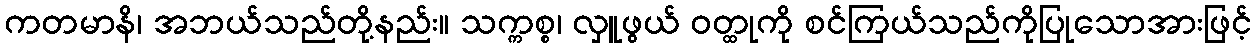
ကတမာနိ၊ အဘယ်သည်တို့နည်း။ သက္ကစ္စ၊ လှူဖွယ် ဝတ္ထုကို စင်ကြယ်သည်ကိုပြုသောအားဖြင့်